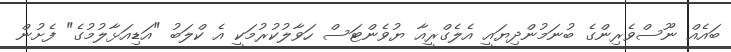
ބައެއް ނޫސްވެރިންގެ ބުނަމުންދިޔައީ އެލެގްރީއާ ޔުވެންޓަސް ހަވާލުކުރުމަކީ އެ ކްލަބު "އަޑިއަޅާލުމުގެ" ފެށުން